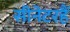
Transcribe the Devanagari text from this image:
सीनेटरहैं